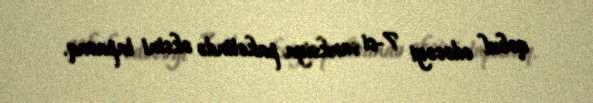
qəbul edəcəyi 7-ci sanksiya paketində əksini tapacaq.